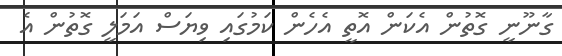
ގާނޫނީ ގޮތުން އެކަން އޮތީ އެހެން ކަމުގައި ވިޔަސް އަމަލީ ގޮތުން އެ